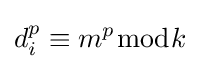
d_{i}^{p}\equiv m^{p}{\bmod {k}}